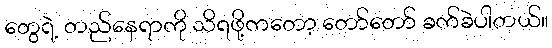
တွေရဲ့ တည်နေရာကို သိရဖို့ကတော့ တော်တော် ခက်ခဲပါတယ်။